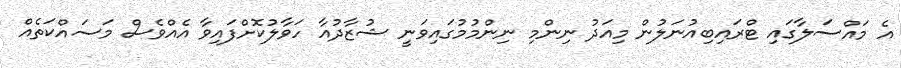
އެ މައްސަލާގައި ޓްރައިބިއުނަލުން މިއަދު ނިންމި ނިންމުމުގައިވަނީ ޝުޒާދުއާ ހަވާލުކޮށްފައިވާ އެއްވެސް މަސައްކަތެއް